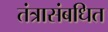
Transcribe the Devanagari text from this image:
तंत्रासंबधित